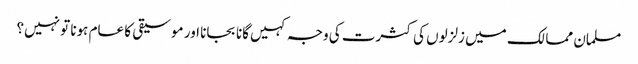
مسلمان ممالک میں زلزلوں کی کثرت کی وجہ کہیں گانا بجانا اور موسیقی کا عام ہونا تو نہیں؟